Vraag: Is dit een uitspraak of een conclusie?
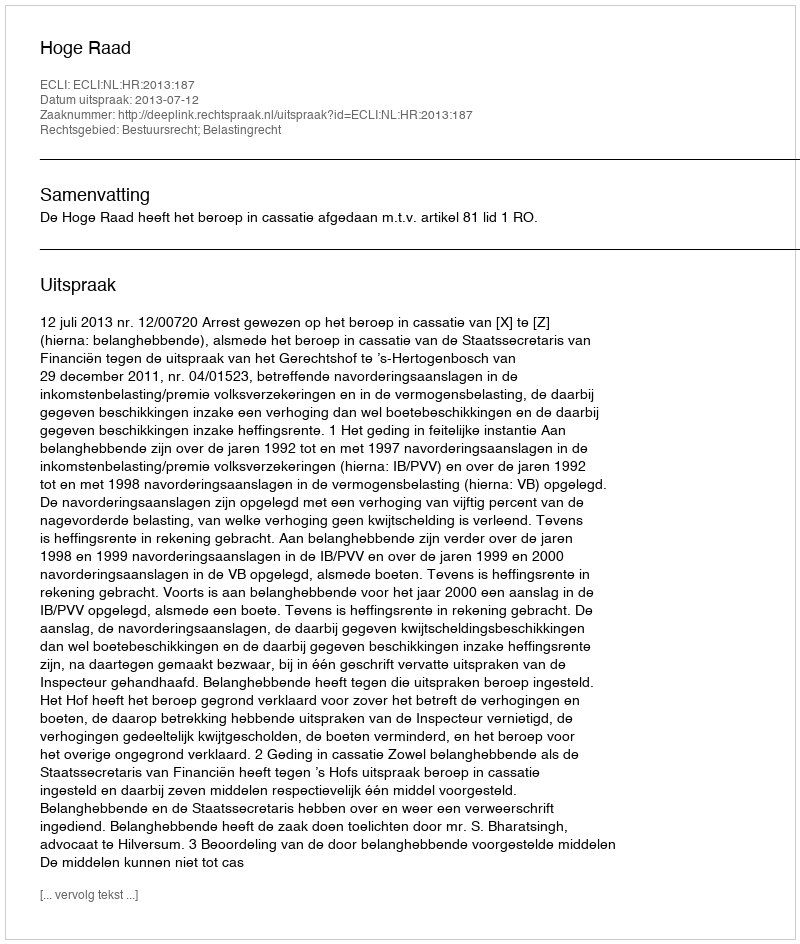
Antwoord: Uitspraak